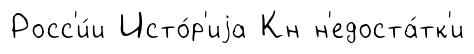
Росс'и́и Исто́р'иjа Кн н'едоста́тк'и